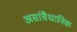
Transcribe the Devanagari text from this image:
असांवैधानिक